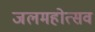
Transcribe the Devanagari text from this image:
जलमहोत्सव